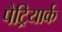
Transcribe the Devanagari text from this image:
पैट्रियार्क